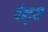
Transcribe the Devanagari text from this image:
पेन्ट्स